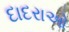
દાદરાઓ